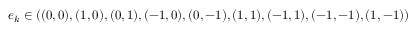
\boldsymbol { e } _ { k } \in \left( ( 0 , 0 ) , ( 1 , 0 ) , ( 0 , 1 ) , ( - 1 , 0 ) , ( 0 , - 1 ) , ( 1 , 1 ) , ( - 1 , 1 ) , ( - 1 , - 1 ) , ( 1 , - 1 ) \right)